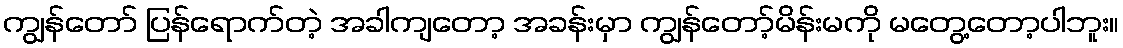
ကျွန်တော် ပြန်ရောက်တဲ့ အခါကျတော့ အခန်းမှာ ကျွန်တော့်မိန်းမကို မတွေ့တော့ပါဘူး။